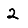
Digit: 2